Annual report of the Punjab Veterinary College and of the Civil Veterinary Department, Punjab - 1909-1919
Year: 1909
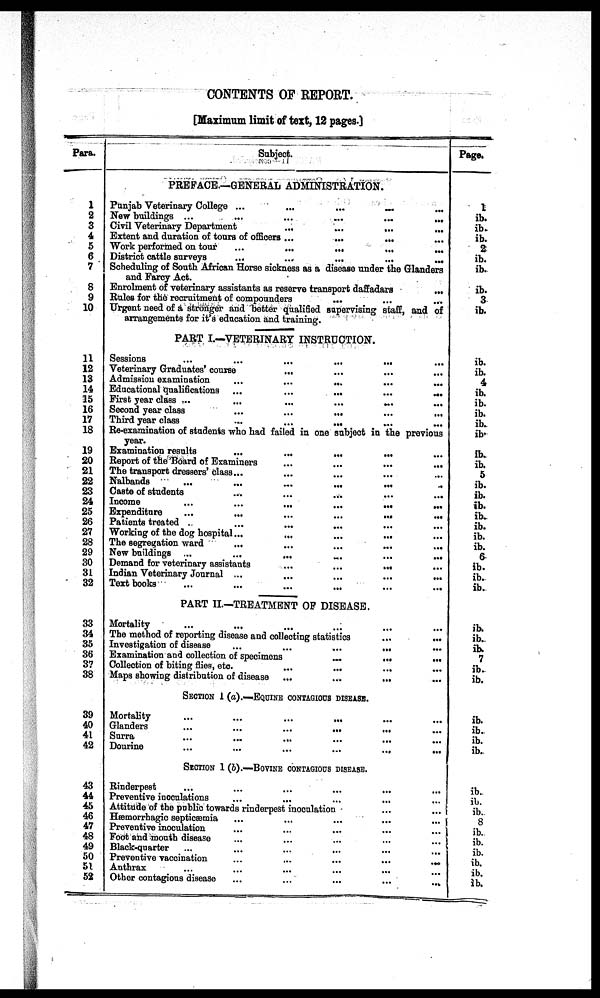
CONTENTS OF REPORT.
[Maximum limit of text, 12 pages.]
Para.
1
2
3
4
5
6
7
8
9
10
11
12
13
14
15
16
17
18
19
20
21
22
23
24
25
26
27
28
29
30
31
32
33
34
35
36
37
38
39
40
41
42
43
44
45
46
47
48
49
50
51
52
Subject.
PREFACE.—GENERAL ADMINISTRATION.
Punjab Veterinary College ...
...
...
.
..
New buildings ...
...
...
... ...
Civil Veterinary Department ... ... ... ...
Extent and duration of tours of officers ...
...
...
Work performed on tour
...
...
...
...
District cattle surveys
...
...
...
...
Scheduling of South African Horse sickness as a disease under the Glanders
and Farcy Act.
Enrolment of veterinary assistants as reserve transport daffadars
...
Rules for the recruitment of compounders ... ... ...
Urgent need of a stronger and better qualified supervising staff, and of
arrangements for it's education and training.
PART I.—VETERINARY INSTRUCTION.
Sessions
...
...
...
...
...
Veterinary Graduates' course
... ... ... ...
Admission examination
...
...
...
Educational qualifications ...
...
...
...
...
First year class ...
...
...
...
....
...
Second year class
...
...
...
...
...
Third year class
...
...
...
Re-examination of students who had failed in one subject in the previous
year.
Examination results
...
...
...
...
Report of the Board of Examiners
...
...
...
...
The transport dressers' class ... ... ...
Nalbands
...
...
...
...
...
...
Caste of students ... ... ... ... ...
Income
...
...
...
...
...
...
Expenditure
...
...
...
...
...
...
Patients treated ... ... ... ... ...
Working of the dog hospital...
...
...
...
The segregation ward
...
...
...
...
...
New buildings ...
...
...
...
...
...
Demand for veterinary assistants
...
...
...
Indian Veterinary Journal ...
...
...
...
...
Text books ... ... ... ...
PART II.—TREATMENT OF DISEASE.
Mortality ... ... ... ... ...
The method of reporting disease and collecting statistics ... ...
Investigation of disease
...
...
...
...
Examination and collection of specimens
...
...
...
...
Collection of biting flies, etc. ... ... ... ...
Maps showing distribution of disease ...
...
...
SECTION 1 (0).—EQUINE CONTAGIOUS DISEASE.
Mortality ... ... ... ... ...
Glanders
...
...
...
...
...
Surra ... ... ... ... ... ...
Dourine
...
...
...
...
...
...
SECTION 1 (b).—BOVINE CONTAGIOUS DISEASE .
Rinderpest ... ... ... ... ... ...
Preventive inoculations ... ... ... ... ...
Attitude of the public towards rinderpest inoculation ... ...
Hæmorrhagic septicæmia ... ... ...
Preventive inoculation ... ... ... ... ...
Foot and mouth disease ... ... ... ... ...
Black-quarter ... ... ... ... ...
Preventive vaccination
...
...
...
...
...
Anthrax ... ... ... ... ... ...
Other contagious disease
...
...
...
...
...
Page.
1
ib.
ib.
ib.
2
ib.
ib.
ib.
3
ib.
ib.
ib.
4
ib.
ib.
ib.
ib.
ib.
ib.
ib.
5
ib.
ib.
ib.
ib.
ib.
ib.
ib.
6
ib.
ib.
ib.
ib.
ib.
ib.
7
ib.
ib.
ib.
ib.
ib.
ib.
ib.
ib.
ib.
8
ib.
ib.
ib.
ib.
ib.
ib.